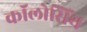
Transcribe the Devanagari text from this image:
कॉलोसिंथ